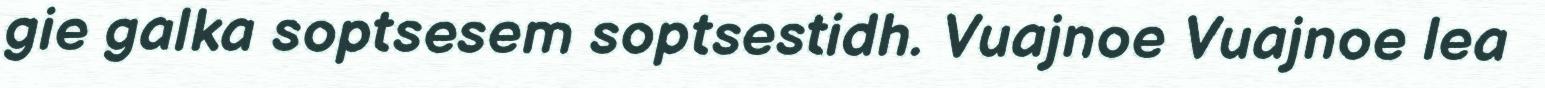
gie galka soptsesem soptsestidh. Vuajnoe Vuajnoe lea